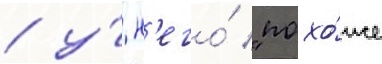
/ у́ н'его́ "похо́же